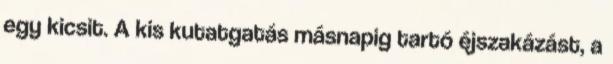
egy kicsit. A kis kutatgatás másnapig tartó éjszakázást, a